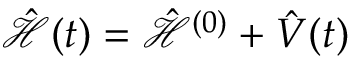
\hat { \mathcal { H } } ( t ) = \hat { \mathcal { H } } ^ { ( 0 ) } + \hat { V } ( t )